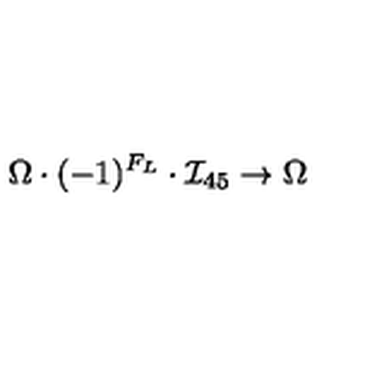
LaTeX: \Omega \cdot ( - 1 ) ^ { F _ { L } } \cdot { \mathcal I } _ { 4 5 } \to \Omega